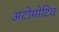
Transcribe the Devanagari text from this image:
अटोमोटिव